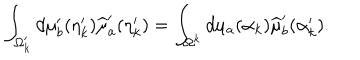
\int _ { \Omega _ { k } ^ { \prime } } d \mu _ { b } ^ { \prime } ( \eta _ { k } ^ { \prime } ) \widehat { \mu } _ { a } ^ { \prime } ( \eta _ { k } ^ { \prime } ) = \int _ { \Omega ^ { k } } d \mu _ { a } ( \alpha _ { k } ) \widehat { \mu } _ { b } ^ { \prime } ( \alpha _ { k } ^ { \prime } ) .